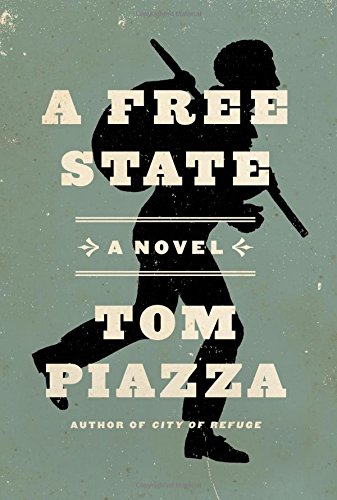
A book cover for A Free State: A Novel; Tom Piazza; Literature & Fiction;